Tezpur Lunatic Asylum reports 1877-1894 - 1877-1894
Year: 1877
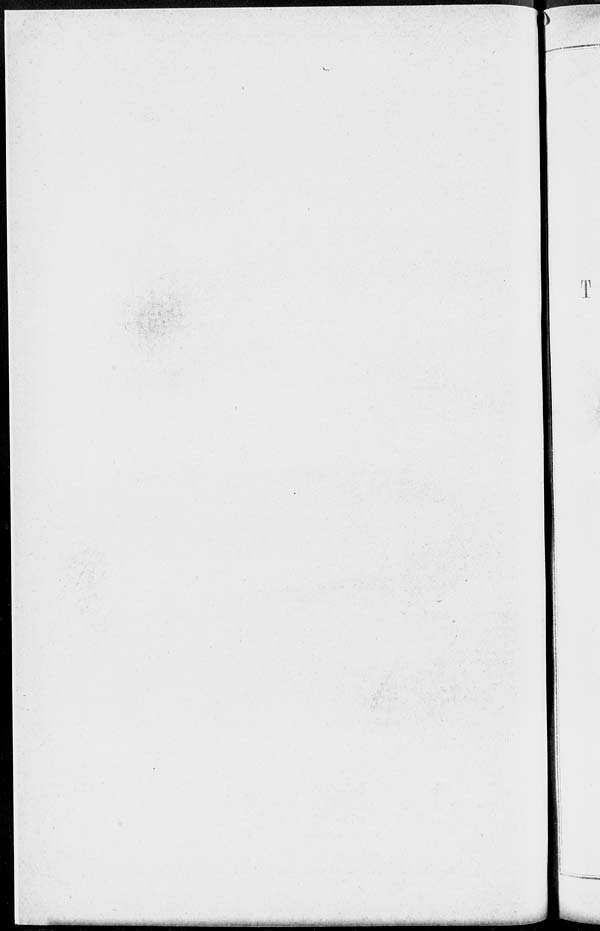
I
_M